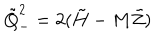
LaTeX: \tilde { Q } _ { - } ^ { 2 } = 2 ( \tilde { H } - M \tilde { Z } )